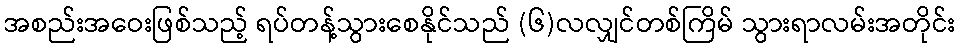
အစည်းအဝေးဖြစ်သည့် ရပ်တန့်သွားစေနိုင်သည် (၆)လလျှင်တစ်ကြိမ် သွားရာလမ်းအတိုင်း